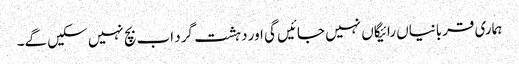
ہماری قربانیاں رائیگاں نہیں جائیں گی اور دہشت گرد اب بچ نہیں سکیں گے۔